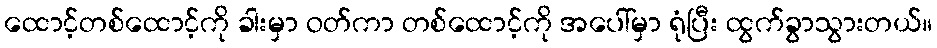
ထောင့်တစ်ထောင့်ကို ခါးမှာ ဝတ်ကာ တစ်ထောင့်ကို အပေါ်မှာ ရုံပြီး ထွက်ခွာသွားတယ်။